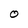
Character: O